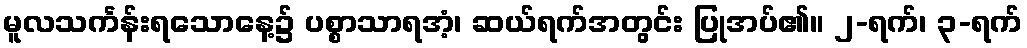
မူလသင်္ကန်းရသောနေ့၌ ပစ္စာသာရအံ့၊ ဆယ်ရက်အတွင်း ပြုအပ်၏။ ၂-ရက်၊ ၃-ရက်